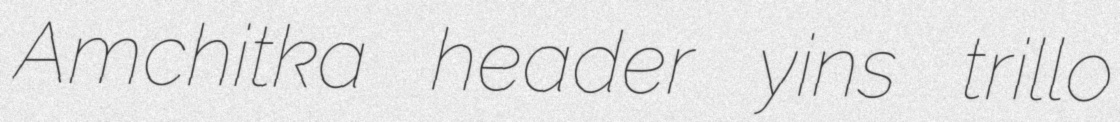
Amchitka header yins trillo